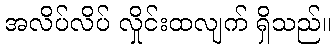
အလိပ်လိပ် လှိုင်းထလျက် ရှိသည်။